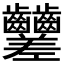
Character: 𪚍